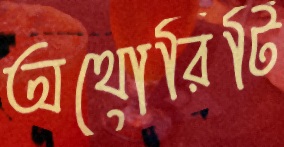
অথোরিটি